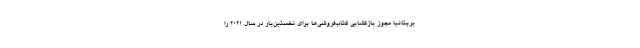
بریتانیا مجوز بازگشایی کتاب‌فروشی‌ها برای نخستین‌بار در سال ۲۰۲۱ را